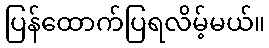
ပြန်ထောက်ပြရလိမ့်မယ်။